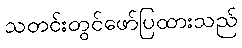
သတင်းတွင်ဖော်ပြထားသည်